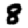
Digit: 8